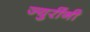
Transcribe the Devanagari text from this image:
ज्युरींनी